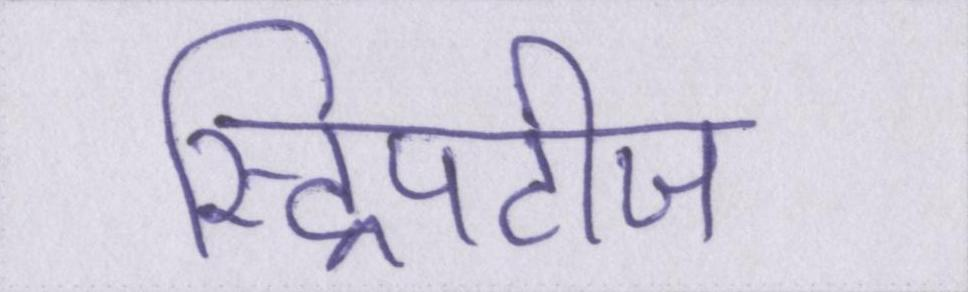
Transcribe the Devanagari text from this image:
स्ट्रिपटीज